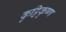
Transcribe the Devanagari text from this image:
कुट्टिकृष्ण